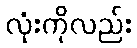
လုံးကိုလည်း